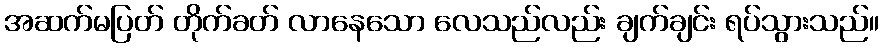
အဆက်မပြတ် တိုက်ခတ် လာနေသော လေသည်လည်း ချက်ချင်း ရပ်သွားသည်။